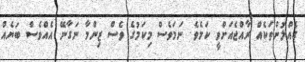
ގެއްލުންތަކެއް ރާއްޖެއަށްވީ ކަމެވެ. ނަމަވެސް މިކަމުގެ ވެސް ޒިންމާ ނަގާނޭ އެއްވެސް ބަޔެއް